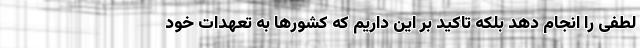
لطفی را انجام دهد بلکه تاکید بر این داریم که کشورها به تعهدات خود